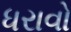
ધરાવો